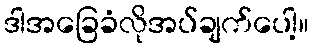
ဒါအခြေခံလိုအပ်ချက်ပေါ့။